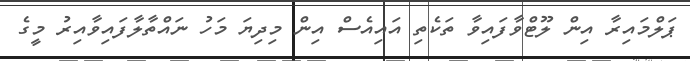
ޕަލްމައިރާ އިން ލޫޓްވާފައިވާ ތަކެތި އައިއެސް އިން މިދިޔަ މަހު ނައްތާލާފައިވާއިރު މީގެ